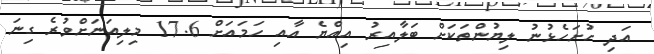
އަދި ހުށަހެޅުނު ލިޔުންތަކަށް ބަލާއިރު އިއްޔެ އާއި ހަމައަށް 17.6 މިލިއަނަށްވުރެ ގިނަ